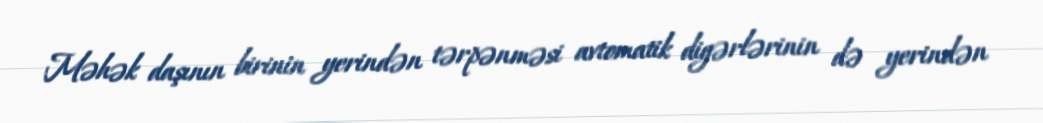
Məhək daşının birinin yerindən tərpənməsi avtomatik digərlərinin də yerindən